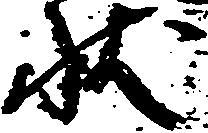
状